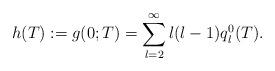
LaTeX: \begin{align*}h(T) := g(0;T) = \sum_{l=2}^\infty l(l-1)q_l^0(T).\end{align*}